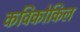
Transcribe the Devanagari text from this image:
कविकोकिल